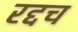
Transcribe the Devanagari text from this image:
रद्दच